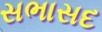
સભાસદ